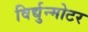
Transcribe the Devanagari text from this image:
विर्द्युन्मोटर